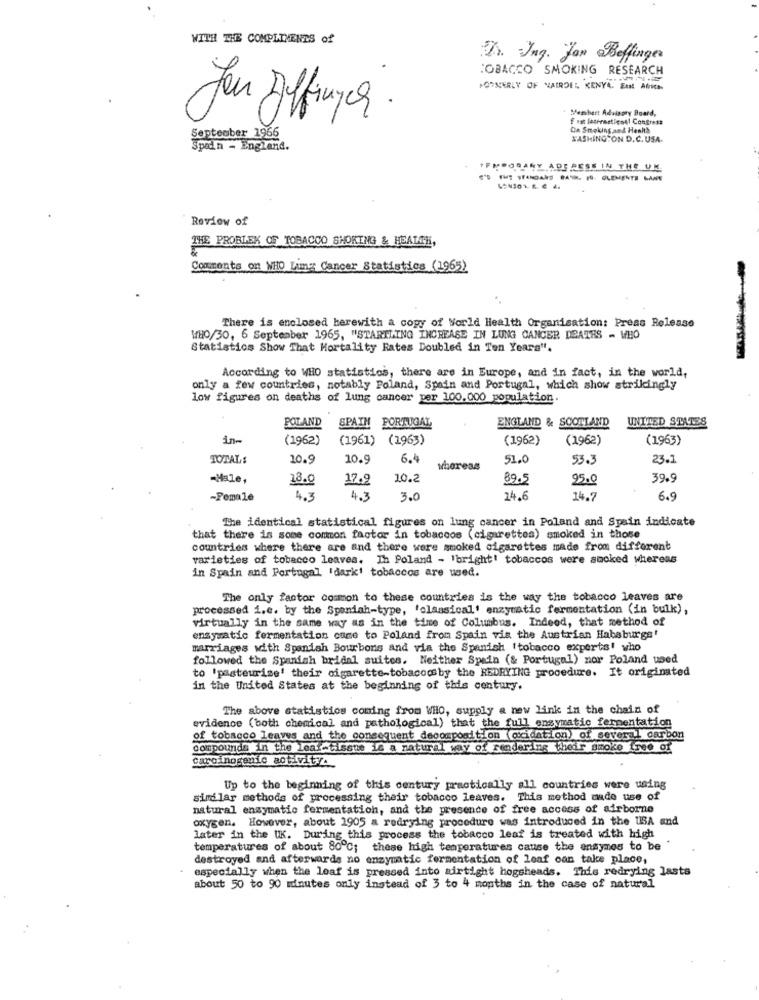
WITH THE COMPLIMENTS of
Dr. Ing. Jan Beffinger
TOBACCO SMOKING RESEARCH
FORMERLY OF WARDES KENYA. Eut Africa
Membert Advisory Board,
Jou Affiner .
Fra lesersstipsal Congre##
September 1966
Ch Smoking and Health
WASHINGTON D.C. USA.
Spain - England.
+FMPORARY ADE RESE IN THE UN.
Review of
THE PROBLEM OF TOBACCO SHOKING & HEALTH,
Comments on WHO Lung Cancer Statistics (1965)
There is enclosed herewith a copy of World Health Organisation: Press Release
WHO/30, 6 September 1965, "STARTLING INCREASE IN LUNG CANCER DEATHS - WHO
Statistics Show That Mortality Rates Doubled in Ten Years".
According to WHO statistics, there are in Europe, and in fact, in the world,
only a few countries, notably Poland, Spain and Portugal, which show strikingly
low figures on deaths of lung cancer per 100.000 population
ENGLAND & SCOTLAND
UNITED STATES
POLAND
SPAIN PORTUGAL,
in-
(1962)
(1961) (1963)
(1962)
(1962)
(1963)
TOTALS
10.9
10.9
6.4
51.0
53.3
23.1
whereas
-Male,
18.0
17.9
10.2
89.5
25.0
39.9
-Female
4.3
3.0
24.6
14.
6.9
The identical statistical figures on lung cancer in Poland and Spain indicate
that there is some common factor in tobaccos (cigarettes) smoked in those
countries where there are and there were smoked cigarettes made from different
varieties of tobacco leaves. Ih Poland - 'bright! tobaccos were smoked whereas
in Spain and Portugal 'dark' tobaccos are used.
The only factor common to these countries is the way the tobacco leaves are
processed i.e. by the Spendah-type, 'classical' enzymatic fermentation (in bulk),
virtually in the same way as in the time of Columbus. Indeed, that method of
enzymatic fermentation come to Poland from Spain vis the Austrian Habsburgs'
marriages with Spanish Bourbons and via the Spanish (tobacco experts! who
followed the Spanish bridal suites. Neither Spain (& Portugal) nor Poland used
to 'pasteurize' their cigarette-tobacoc by the REDRYING procedure. It originated
in the United States at the beginning of this century.
The above statistics coming from WHO, supply a new link in the chain of
evidence (both chemical and pathological) that the full enzymatic fermentation
of tobacco leaves and the consequent decomposition (oxidation) of several carbon
compounds in the leal-tissue is a natural way of rendering their smoke free of
carcinogenic activity.
Up to the beginning of this century practically all countries were using
similar methods of processing their tobacco leaves. This method made use of
natural enzymatic fermentation, and the presence of free access of airborne
oxygen. However, about 1905 a redrying procedure was introduced in the USA and
later in the UK. During this process the tobacco leaf is treated with high
temperatures of about 80℃;
these high temperatures cause the ansymes to be
destroyed and afterwards no enzymatic fermentation of leaf can take place,
especially when the leaf is pressed into airtight hogsheads. This redrying lasts
about 50 to 90 minutes only instead of 3 to 4 months in the case of natural